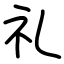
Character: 礼